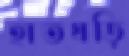
হাতঘড়ি